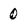
Character: 0